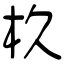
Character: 杦